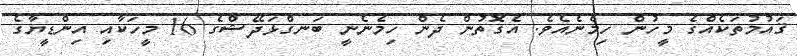
ޤައުމުތަކެއްގެ މީހުން ހިމެނެއެވެ. އެގޮތުން ދެން ހިމެނެނީ ބަނގްޅަދޭޝްގެ 16 މީހަކާއި އިންޑީޔާގެ